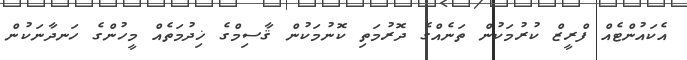
އެކައުންޓެއް ފްރީޒް ކުރުމަކުން ތަނެއްގެ ދޮރުމަތި ކޮނުމަކުން ޤާސިމްގެ ޚިދުމަތެއް މީހުންގެ ހަނދާނަކުން